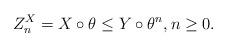
LaTeX: \begin{align*}Z_n^{X} = X \circ \theta \leq Y\circ \theta^{n}, n \geq 0.\end{align*}